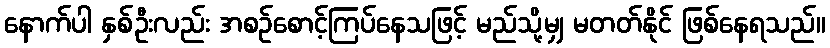
နောက်ပါ နှစ်ဦးလည်း အစဉ်စောင့်ကြပ်နေသဖြင့် မည်သို့မျှ မတတ်နိုင် ဖြစ်နေရသည်။